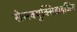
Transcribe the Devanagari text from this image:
सेसक्युक्सिडाइजिंग